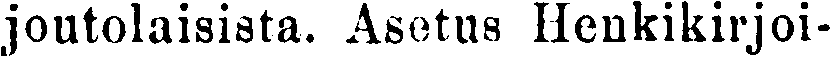
joutolaisista. Asetus Henkikirjoi-